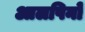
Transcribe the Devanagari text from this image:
आलपिनों